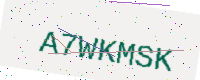
Text: A7WKMSK